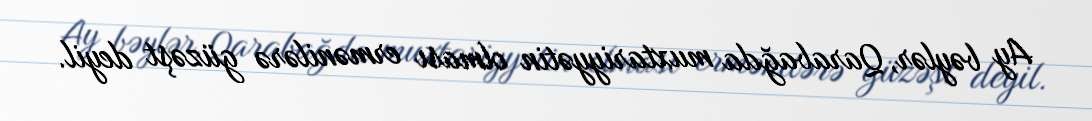
Ay bəylər, Qarabağda muxtariyyətin olması ermənilərə güzəşt deyil.